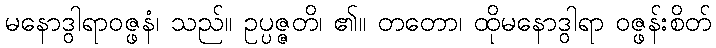
မနောဒွါရာဝဇ္ဖနံ၊ သည်။ ဥပ္ပဇ္ဇတိ၊ ၏။ တတော၊ ထိုမနောဒွါရာ ဝဇ္ဖန်းစိတ်